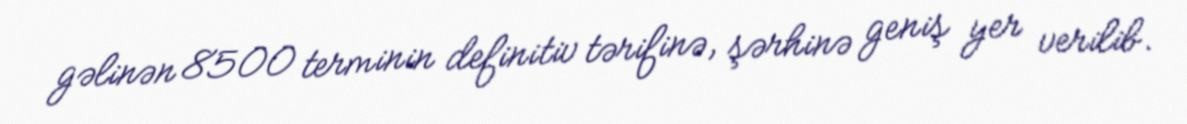
gəlinən 8500 terminin definitiv tərifinə, şərhinə geniş yer verilib.